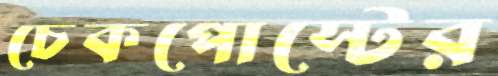
চেকপোস্টের